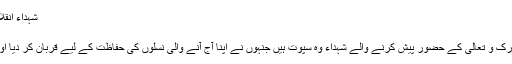
شہداءِ اِنقلاب کی عظمت کو سلام - تحریک منہاج القرآن
شہداءِ اِنقلاب کی عظمت کو سلام
قوم و ملت کی بقا کی خاطر نذرانہ جان اللہ تبارک و تعالیٰ کے حضور پیش کرنے والے شہداء وہ سپوت ہیں جنہوں نے اپنا آج آنے والی نسلوں کی حفاظت کے لیے قربان کر دیا اور اپنے خونِ جگر سے چمن کی آب یاری کی۔